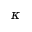
\kappa